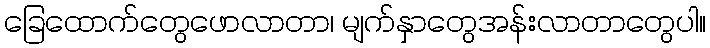
ခြေထောက်တွေဖောလာတာ၊ မျက်နှာတွေအန်းလာတာတွေပါ။